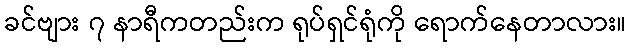
ခင်ဗျား ၇ နာရီကတည်းက ရုပ်ရှင်ရုံကို ရောက်နေတာလား။